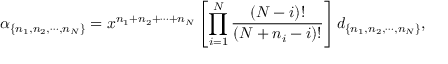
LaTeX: \alpha _ { \{ n _ { 1 } , n _ { 2 } , \cdots , n _ { N } \} } = x ^ { n _ { 1 } + n _ { 2 } + \cdots + n _ { N } } \left[ \prod _ { i = 1 } ^ { N } \frac { ( N - i ) ! } { ( N + n _ { i } - i ) ! } \right] d _ { \{ n _ { 1 } , n _ { 2 } , \cdots , n _ { N } \} } ,